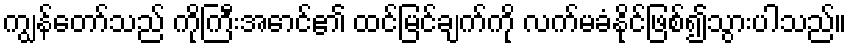
ကျွန်တော်သည် ကိုကြီးအောင်၏ ထင်မြင်ချက်ကို လက်မခံနိုင်ဖြစ်၍သွားပါသည်။